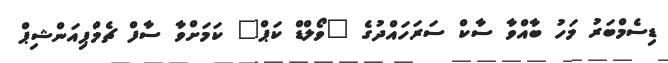
ޑިސެމްބަރު މަހު ބާއްވާ ސާކް ސަރަހައްދުގެ "ވޯލްޑް ކަޕް" ކަމަށްވާ ސާފް ޗެމްޕިއަންޝިޕް